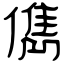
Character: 儁